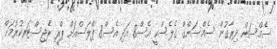
ސެމްސަން ދިރާގުން ސެމްސަންގް ގެލެސްކީ އެސް8 އަދި އެސް8 ޕްލަސްއަށް ޕްރީ ރެޖިސްޓަރކުރުމަށް